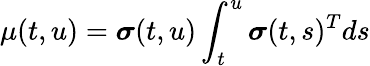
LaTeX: \mu(t,u)={\boldsymbol{\sigma}}(t,u)\int_{t}^{u}{\boldsymbol{\sigma}}(t,s)^{T}ds